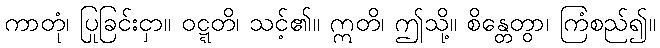
ကာတုံ၊ ပြုခြင်းငှာ။ ဝဋ္ဋတိ၊ သင့်၏။ ဣတိ၊ ဤသို့။ စိန္တေတွာ၊ ကြံစည်၍။